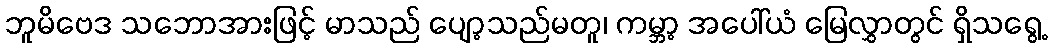
ဘူမိဗေဒ သဘောအားဖြင့် မာသည် ပျော့သည်မတူ၊ ကမ္ဘာ့ အပေါ်ယံ မြေလွှာတွင် ရှိသရွေ့